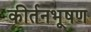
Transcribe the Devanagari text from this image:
कीर्तनभूषण